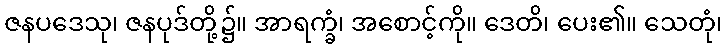
ဇနပဒေသု၊ ဇနပုဒ်တို့၌။ အာရက္ခံ၊ အစောင့်ကို။ ဒေတိ၊ ပေး၏။ သေတုံ၊